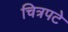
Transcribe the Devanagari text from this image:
चित्रपटे